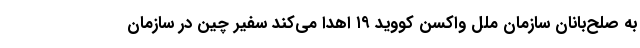
به صلح‌بانان سازمان ملل واکسن کووید ۱۹ اهدا می‌کند سفیر چین در سازمان